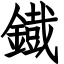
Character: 鐡